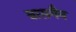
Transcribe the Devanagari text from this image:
बासमैन